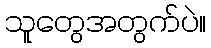
သူတွေအတွက်ပဲ။